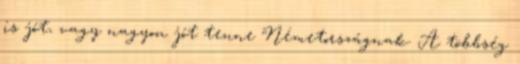
is jót, vagy nagyon jót tenne Németországnak. A többség